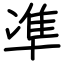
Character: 凖